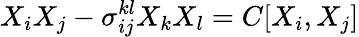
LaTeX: X_{i}X_{j}-\sigma_{ij}^{kl}X_{k}X_{l}=C[X_{i},X_{j}]